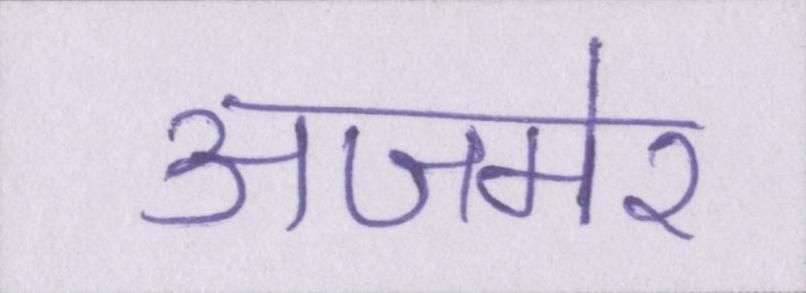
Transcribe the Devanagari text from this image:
अजमेर